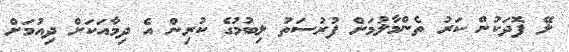
ލޭ ފޮދަކުން ކަރު ތެންމާލުމަށް ފުރުސަތު ލިބުމުގެ ކުރިން އެ ދިމާއަކަށް ދިއުމަށް